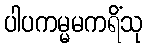
ပါပကမ္မမကရိံသု